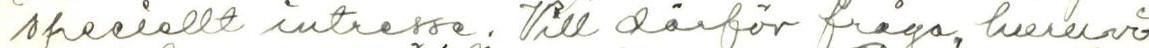
speciellt intresse. Vill därför fråga, huruvi-